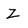
Character: Z